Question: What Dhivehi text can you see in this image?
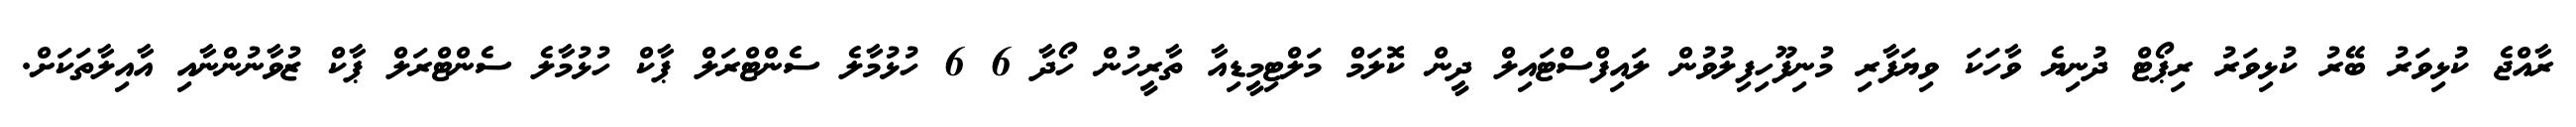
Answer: ރާއްޖެ ކުޅިވަރު ބޭރު ކުޅިވަރު ރިޕޯޓް ދުނިޔެ ވާހަކަ ވިޔަފާރި މުނިފޫހިފިލުވުން ލައިފްސްޓައިލް ދީން ކޮލަމް މަލްޓިމީޑިއާ ތާރީހުން ހޯދާ 6 6 ހުޅުމާލެ ސެންޓްރަލް ޕާކް ހުޅުމާލެ ސެންޓްރަލް ޕާކް ޒުވާނުންނާއި އާއިލާތަކަށް.